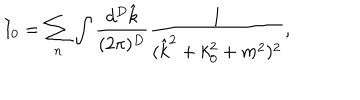
I _ { 0 } = \sum _ { n } \int \frac { d ^ { D } \hat { k } } { ( 2 \pi ) ^ { D } } \frac { 1 } { ( \hat { k } ^ { 2 } + k _ { 0 } ^ { 2 } + m ^ { 2 } ) ^ { 2 } } ,